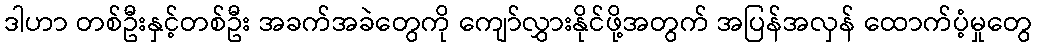
ဒါဟာ တစ်ဦးနှင့်တစ်ဦး အခက်အခဲတွေကို ကျော်လွှားနိုင်ဖို့အတွက် အပြန်အလှန် ထောက်ပံ့မှုတွေ